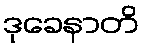
ဒုခေနာတိ